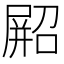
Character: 𫵥